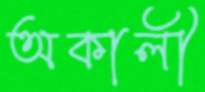
অকালী